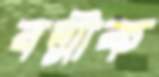
বল্মীক